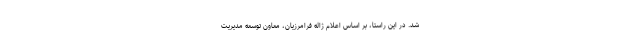
شد. در این راستا، بر اساس اعلام ژاله فرامرزیان، معاون توسعه مدیریت